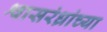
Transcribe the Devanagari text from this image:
श्वासरंध्रांच्या